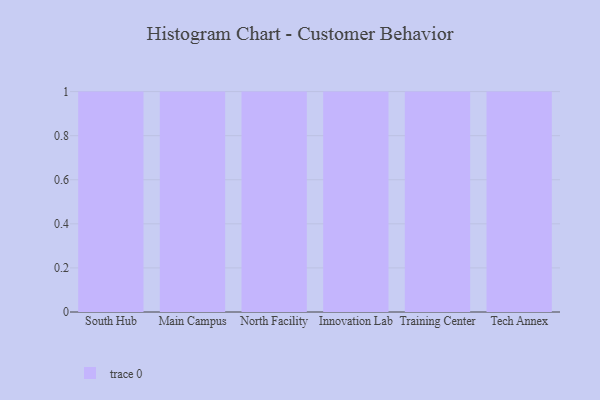
{"axis": {"x": "Campus", "y": "Shipments"}, "legend": [""], "data": [{"x": "South Hub", "y": 56, "type": ""}, {"x": "Main Campus", "y": 29, "type": ""}, {"x": "North Facility", "y": 54, "type": ""}, {"x": "Innovation Lab", "y": 53, "type": ""}, {"x": "Training Center", "y": 59, "type": ""}, {"x": "Tech Annex", "y": 30, "type": ""}]}